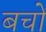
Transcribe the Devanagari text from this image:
बचों